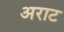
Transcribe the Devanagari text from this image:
अराट